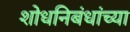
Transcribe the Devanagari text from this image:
शोधनिबंधांच्या